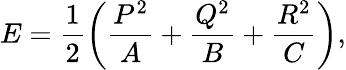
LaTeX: E=\frac{1}{2}\left(\frac{P^{2}}{A}+\frac{Q^{2}}{B}+\frac{R^{2}}{C}\right),